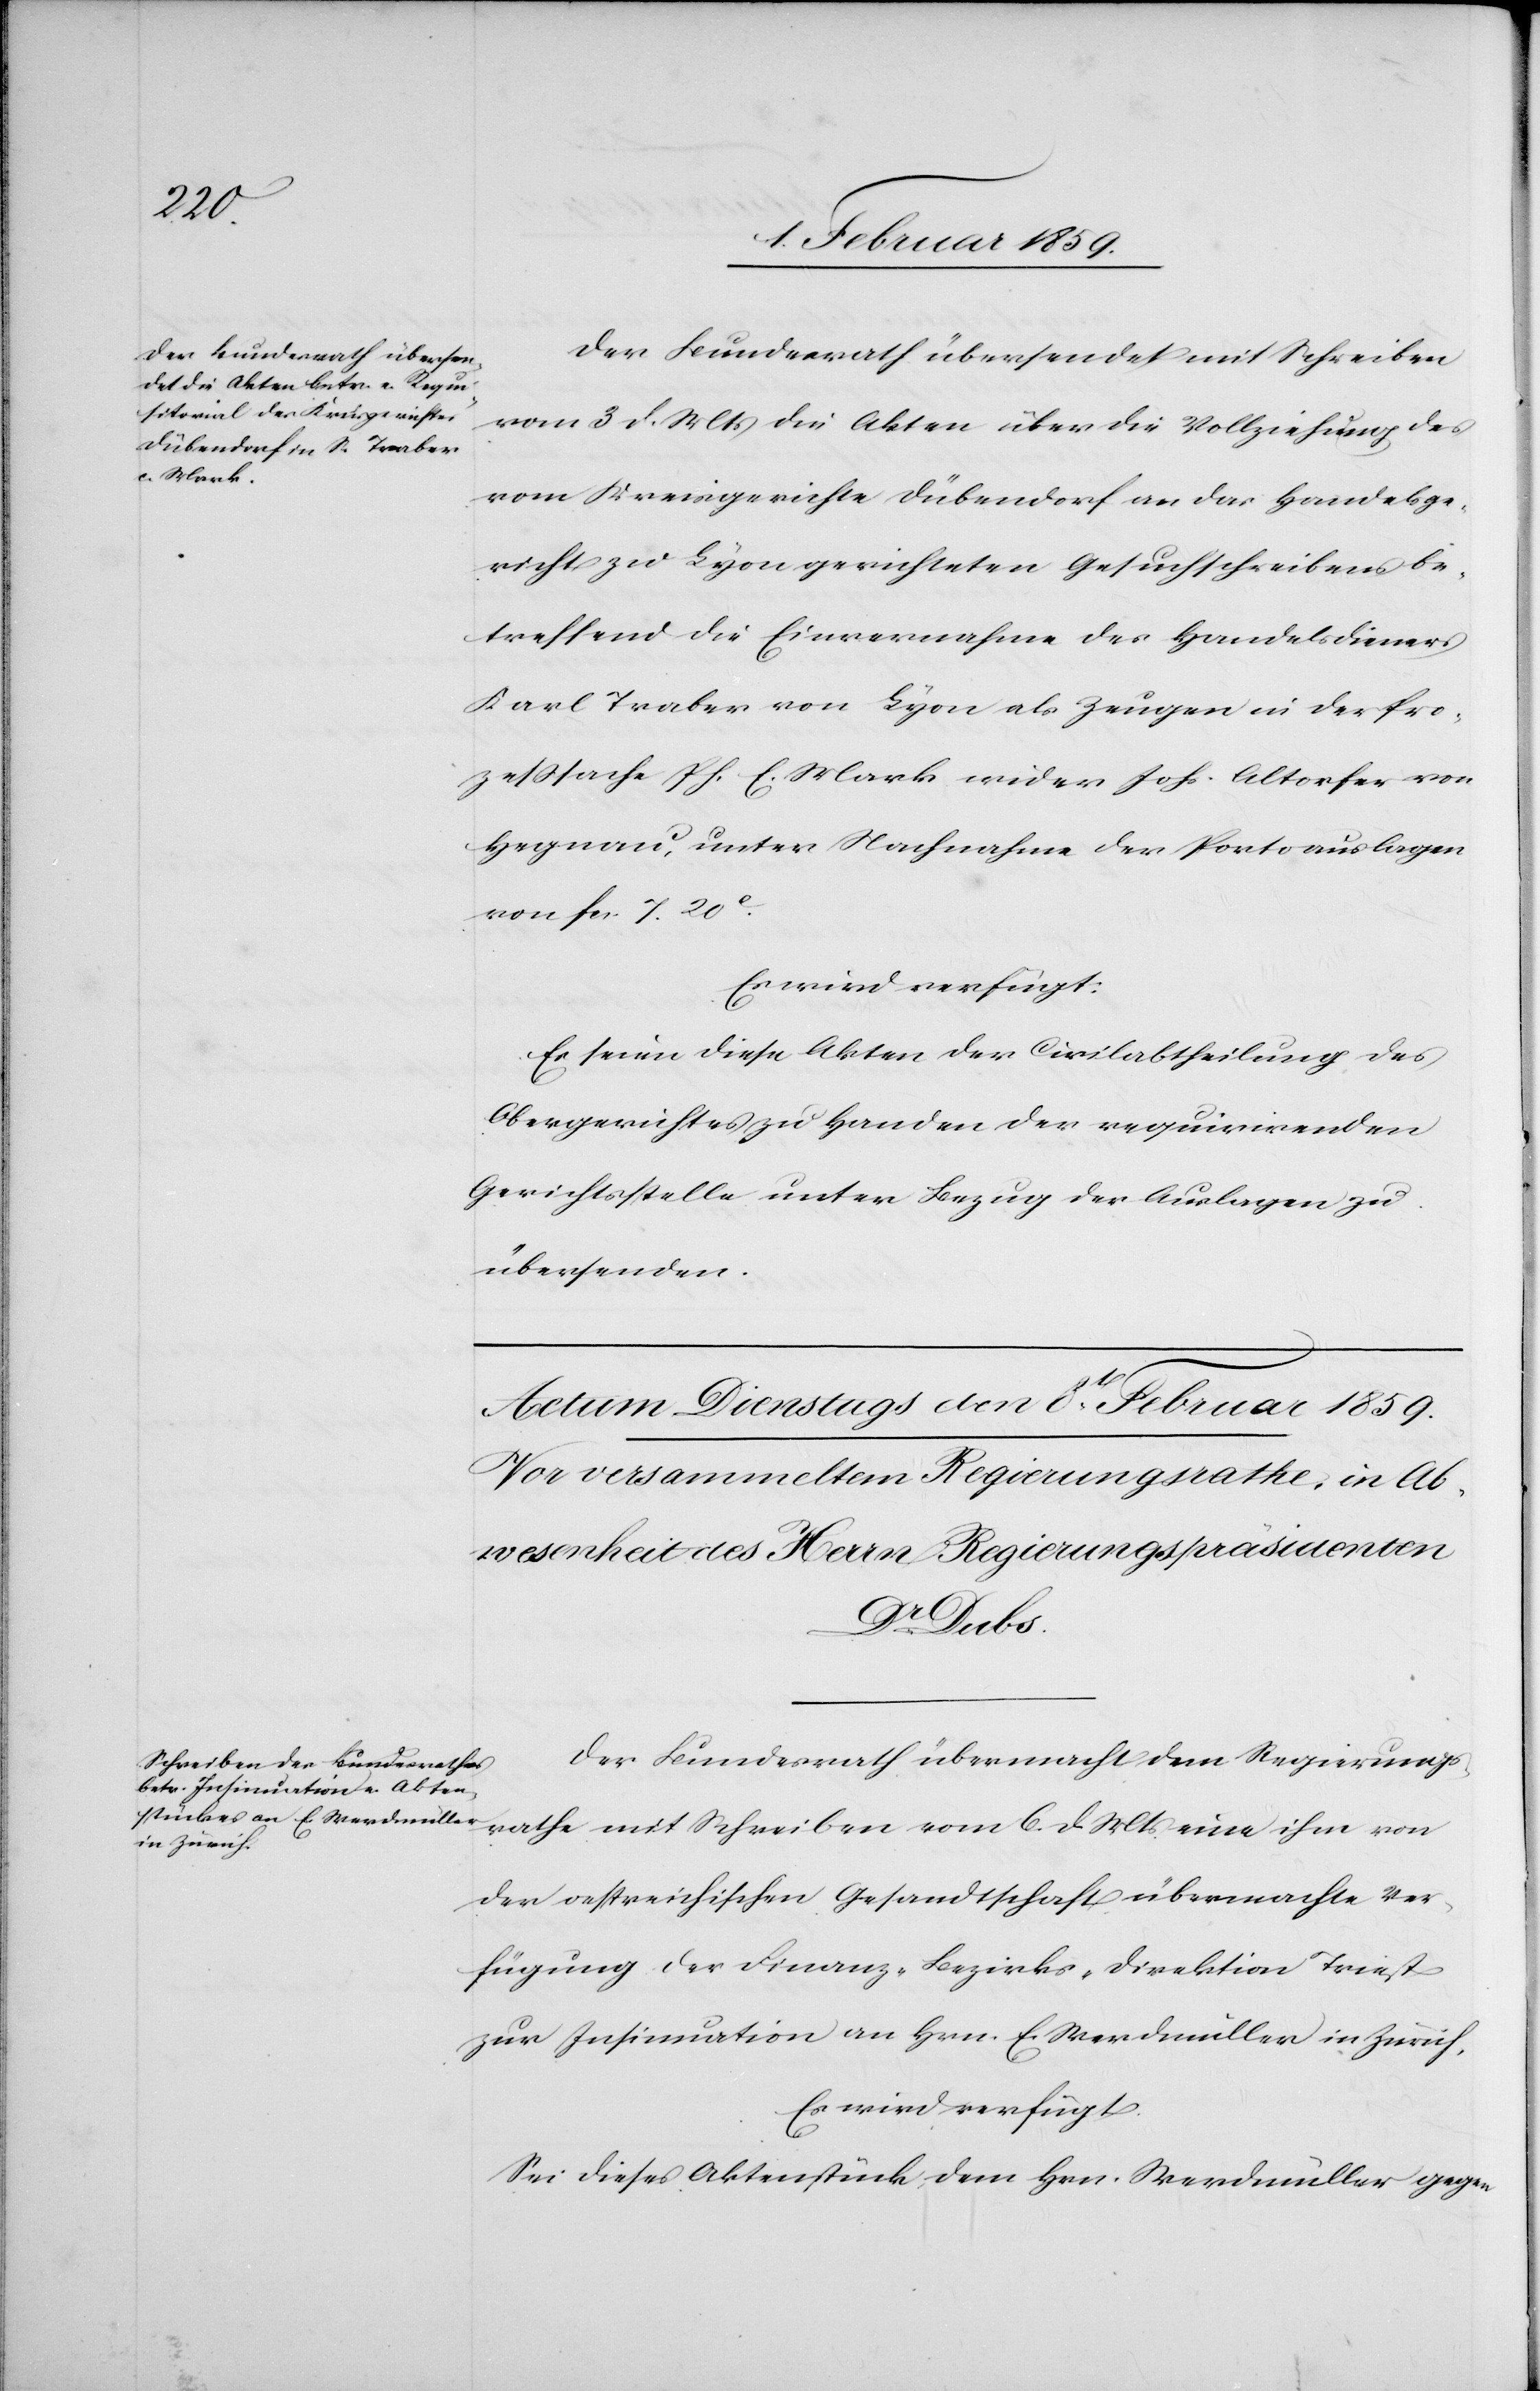
den

7. Februar 1859.]
Der Bundesrath übersendet mit Schreiben
vom 3 d. Mts die Akten über die Vollziehung des
vom Kreisgerichte Dübendorf an das Handelsge¬
richt zu Lyon gerichteten Gesuchschreibens be¬
treffend die Einvernahmen des Handelsdieners
Karl Traber von Lyon als Zeugen in der Pro¬
zeßsache Ph. E. Mark wider Johs. Altorfer von
Hegnau, unter Nachnahme der Portoauslagen
von fcs. 7. 20 c.
Es wird verfügt:
Es seien diese Akten der Civilabtheilung des
Obergerichtes zu Handen der requirirenden
Gerichtsstelle unter Bezug der Auslagen zu
übersenden.
Der Bundesrath übermacht dem Regierungs¬
rathe mit Schreiben vom 6. d. Mts. eine ihm von
der oestreichischen Gesandtschaft übermachte Ver¬
fügung der Finanz-Bezirks-Direktion Triest
zur Intimation an Hrn. E. Werdmüller in Zürich.
Es wird verfügt:
Sei dieses Aktenstück dem Hrn. Werdmüller gegen